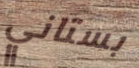
بستاني